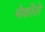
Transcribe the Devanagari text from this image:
मेकॉले